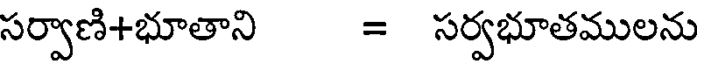
సర్వాణి+భూతాని = సర్వభూతములను